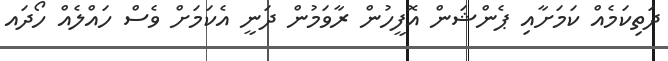
ދަތިކަމެއް ކަމަށާއި ޕެންޝަން އޮފީހުން ރާވަމުން ދަނީ އެކަމަށް ވެސް ހައްލެއް ހޯދައ